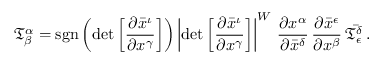
{ \mathfrak { T } } _ { \beta } ^ { \alpha } = \operatorname { s g n } \left( \operatorname* { d e t } { \left[ { \frac { \partial { \bar { x } } ^ { \iota } } { \partial { x } ^ { \gamma } } } \right] } \right) \left\vert \operatorname* { d e t } { \left[ { \frac { \partial { \bar { x } } ^ { \iota } } { \partial { x } ^ { \gamma } } } \right] } \right\vert ^ { W } \, { \frac { \partial { x } ^ { \alpha } } { \partial { \bar { x } } ^ { \delta } } } \, { \frac { \partial { \bar { x } } ^ { \epsilon } } { \partial { x } ^ { \beta } } } \, { \bar { \mathfrak { T } } } _ { \epsilon } ^ { \delta } \, .